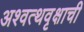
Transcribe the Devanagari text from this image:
अश्वत्थवृक्षाची